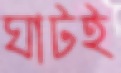
ঘাটই